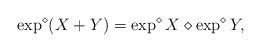
LaTeX: \begin{align*} \exp^{\diamond}(X + Y ) = \exp^{\diamond}X \diamond \exp^{\diamond}Y, \end{align*}